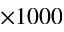
\times 1 0 0 0